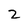
Character: 2